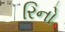
રિનો